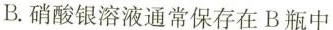
B.硝酸银溶液通常保存在B瓶中